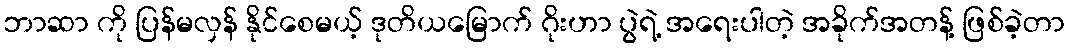
ဘာဆာ ကို ပြန်မလှန် နိုင်စေမယ့် ဒုတိယမြောက် ဂိုးဟာ ပွဲရဲ့ အရေးပါတဲ့ အခိုက်အတန့် ဖြစ်ခဲ့တာ